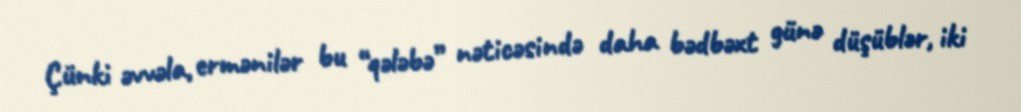
Çünki əvvəla, ermənilər bu “qələbə” nəticəsində daha bədbəxt günə düşüblər, iki